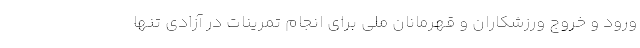
ورود و خروج ورزشکاران و قهرمانان ملی برای انجام تمرینات در آزادی تنها